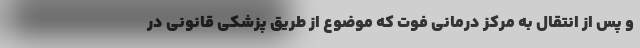
و پس از انتقال به مرکز درمانی فوت که موضوع از طریق پزشکی قانونی در